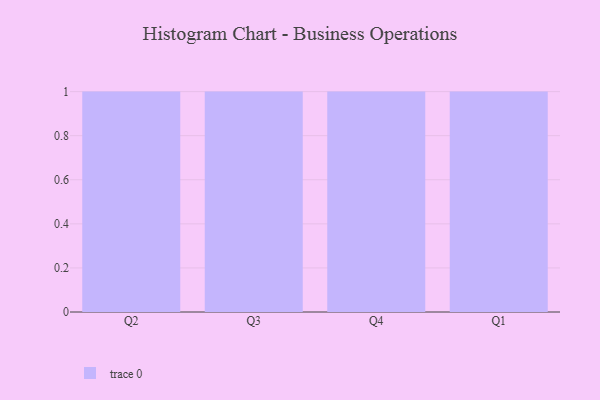
{"axis": {"x": "Quarter", "y": "Market Share (%)"}, "legend": [""], "data": [{"x": "Q2", "y": 62, "type": ""}, {"x": "Q3", "y": 21, "type": ""}, {"x": "Q4", "y": 33, "type": ""}, {"x": "Q1", "y": 85, "type": ""}]}